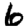
Digit: 6